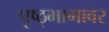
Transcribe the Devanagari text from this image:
पृष्ठ्भागावर